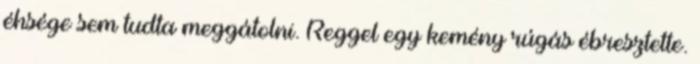
éhsége sem tudta meggátolni. Reggel egy kemény rúgás ébresztette.